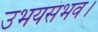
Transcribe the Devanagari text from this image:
उभयसंभव।